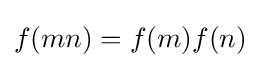
f(mn)=f(m)f(n)